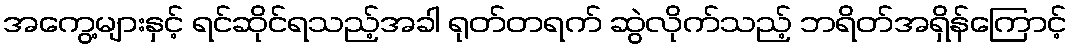
အကွေ့များနှင့် ရင်ဆိုင်ရသည့်အခါ ရုတ်တရက် ဆွဲလိုက်သည့် ဘရိတ်အရှိန်ကြောင့်